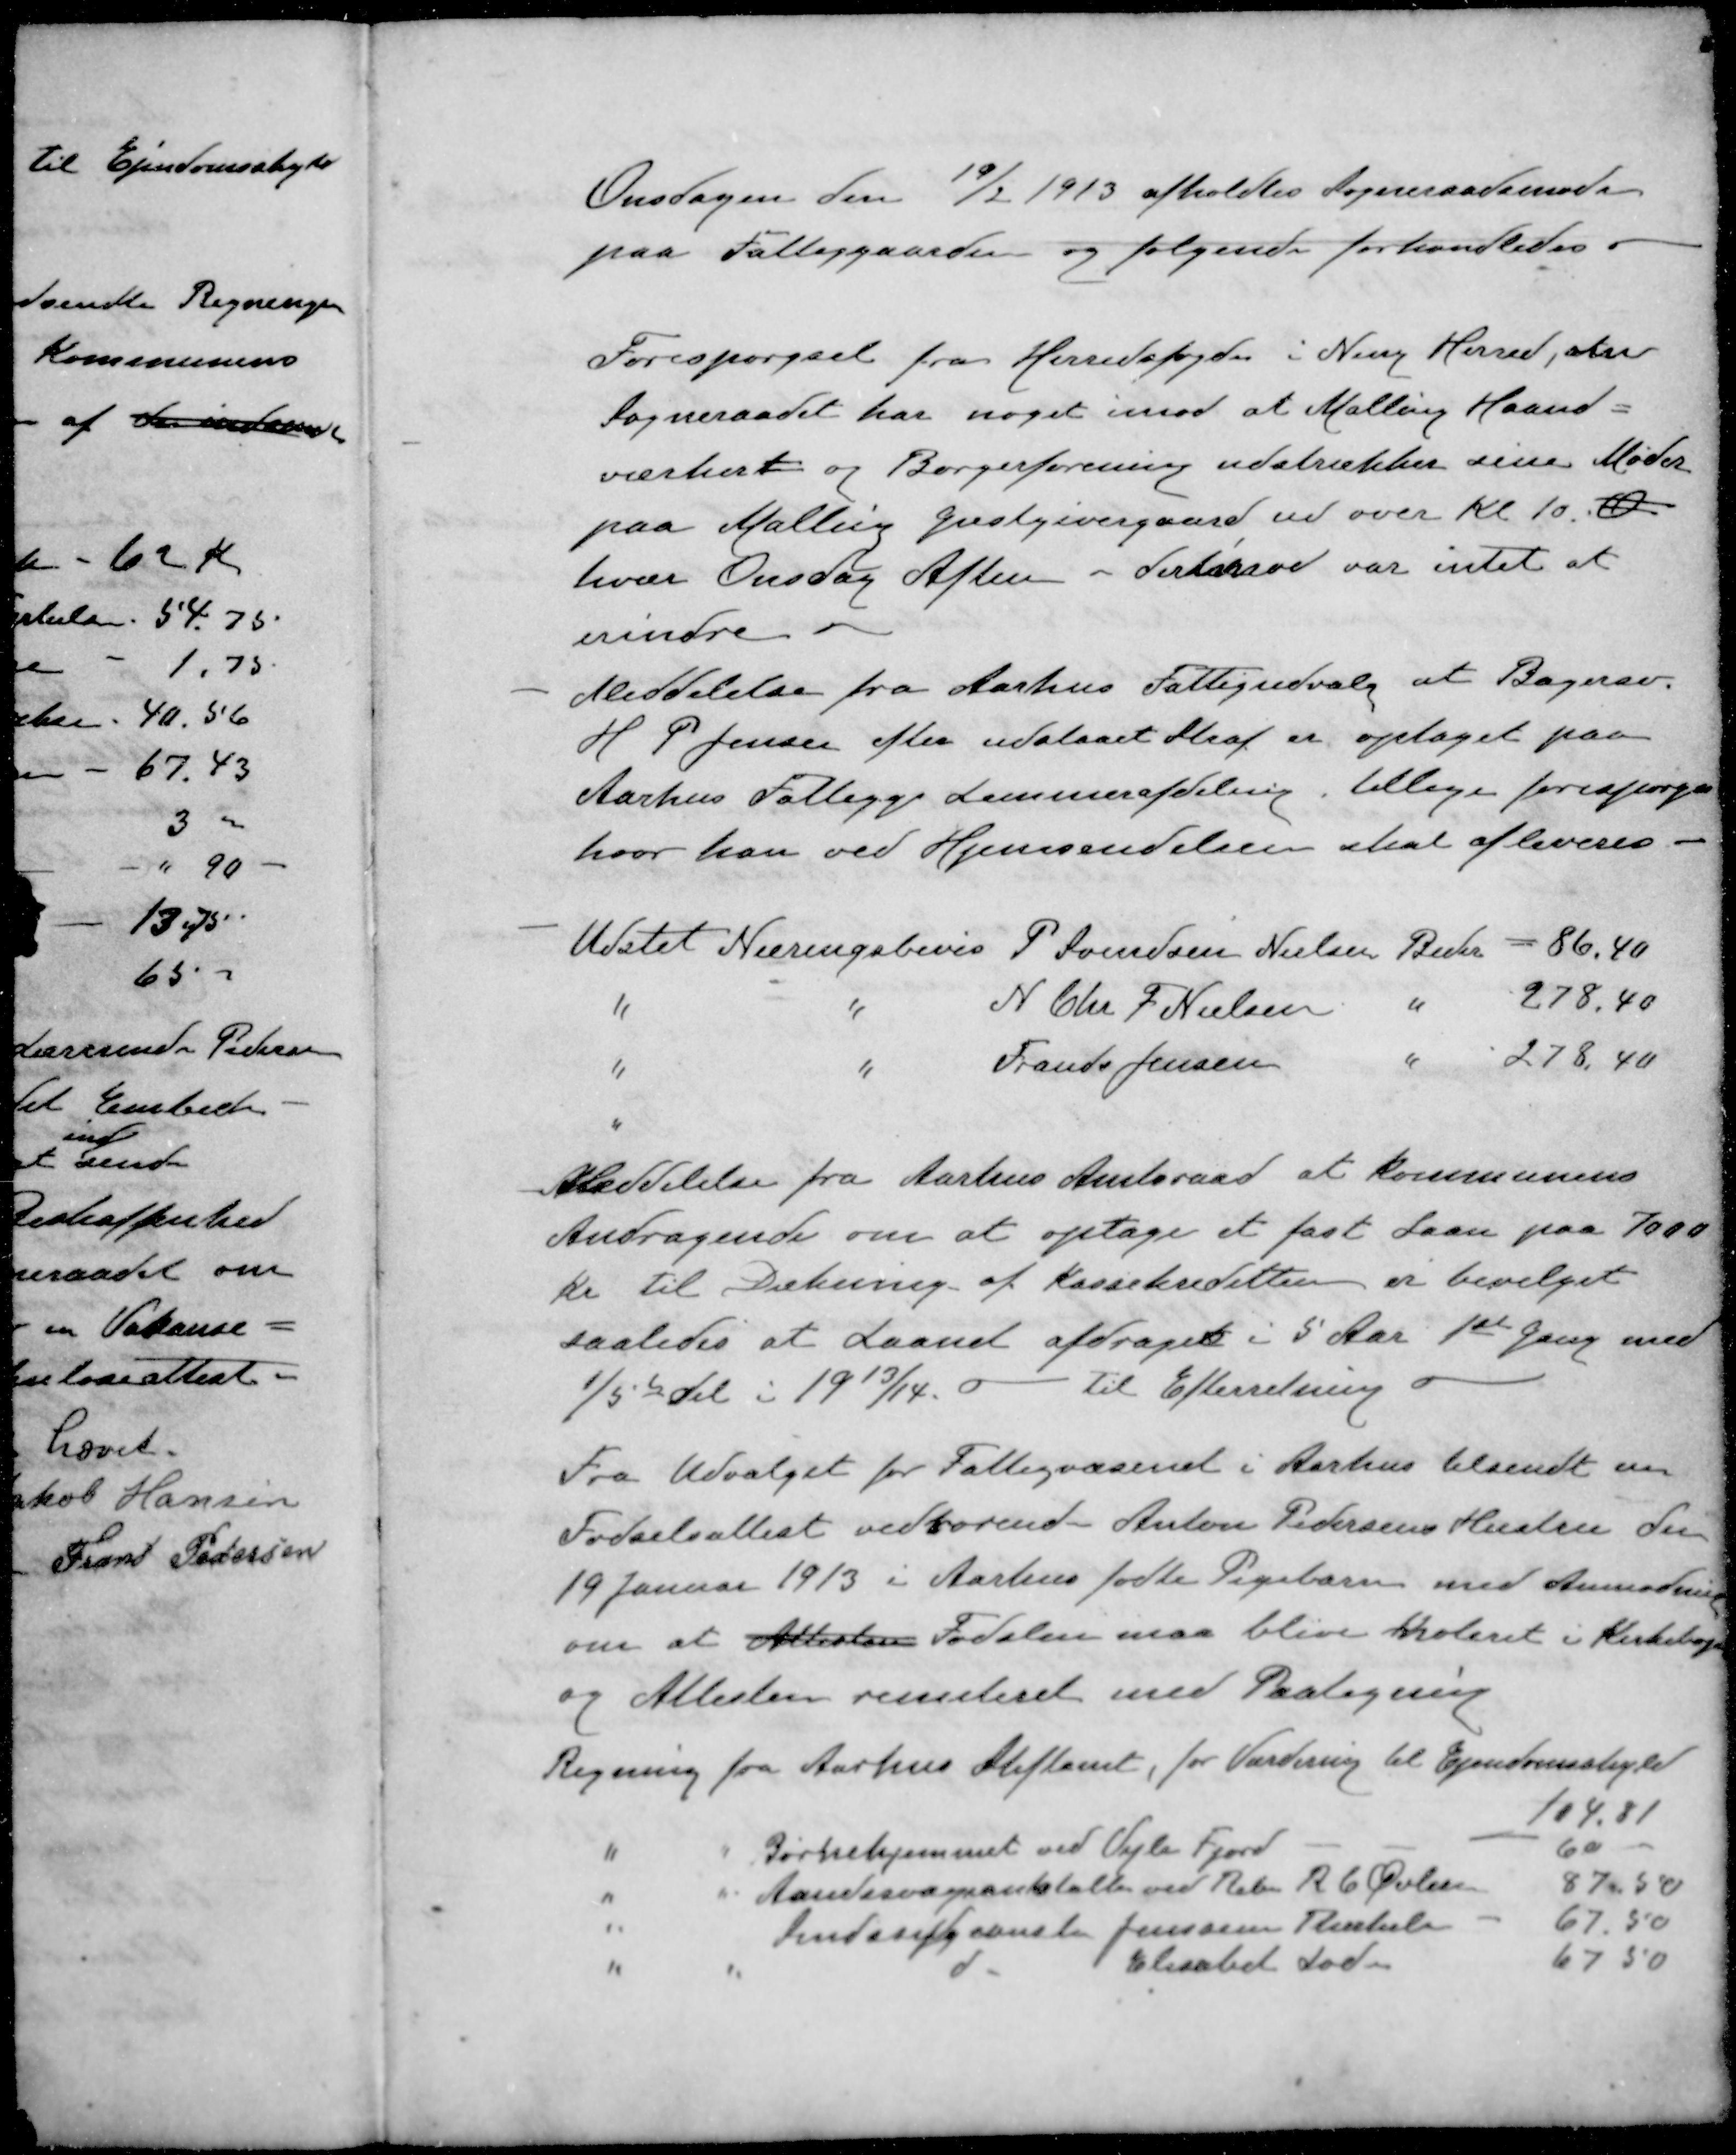
Transskription:
Onsdagen den 19/2 1913 afholdtes Sogneraadsmøde
paa Fattiggaarden og følgende forhandledes.
Forespørgsel fra Herredsfogden i Ning Herred, om
Sogneraadet har noget imod at Malling Haand-
værker= og Borgerforening udstrækker sine Møder
paa Malling Gæstgivergaard ud over Kl. 10. O
hver Onsdag Aften - derimod var intet at
erindre
- Meddelelse fra Aarhus Fattigudvalg at Bagersv.
H P. Jensen efter udstaaet Straf er optaget paa
Aarhus Fattigge Lemmerafdeling tillige forespørges
hvor han ved Hjemsendelsen skal afleveres
- Udstet Næringsbevis P. Svendsen Nielsen Beder = 86,40
" " N Chr. J. Nielsen " 278,40
" " Frands Jensen " 278,40
Meddelelse fra Aarhus Amtsraad at kommunens
Andragende om at optage et fast Laan paa 7000
Kr til Dækning af Kassekreditten er bevilget
saaledes at Laanet afdrages i 5 Aar 1ste Gang med
1/5te del i 1913/14
Til Efterretning
Fra Udvalget for Fattigvæsenet i Aarhus tilsendt en
Fødselsattest vedrørende Anton Pedersens Hustru den
19 Januar 1913 i Aarhus fødte Pigebarn med Anmodning
om at Attesten Fødslen maa blive noteret i Kirkebog
og Attesten remiteret med Paategning
Regning fra Aarhus Stiftamt, for Vurdering til Ejendomsskyld
104.81
" "  Børnehjemmet ved Vejle Fjord - - - 60
" " Aandssvageanstalten ved Ribe R C Øvlisen  87,50
" Sindssygeanst. Jensine Therkelsen - 67.50
" " " Elisabet Sode 67,50